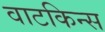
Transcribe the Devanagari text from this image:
वाटकिन्स